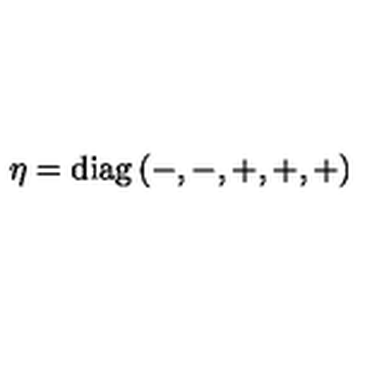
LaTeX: \eta = \mathrm { d i a g } \left( - , - , + , + , + \right)